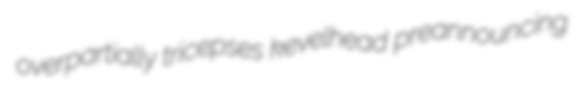
overpartially tricepses kevelhead preannouncing